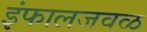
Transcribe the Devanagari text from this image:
इंफालजवळ